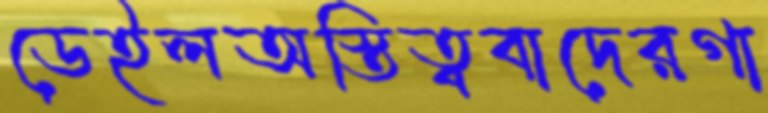
ডেইলঅস্তিত্ববাদেরগা